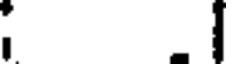
.